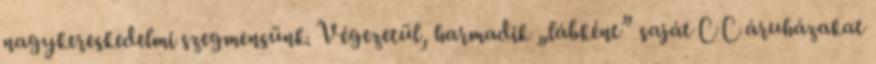
nagykereskedelmi szegmensünk. Végezetül, harmadik „lábként” saját C C áruházakat